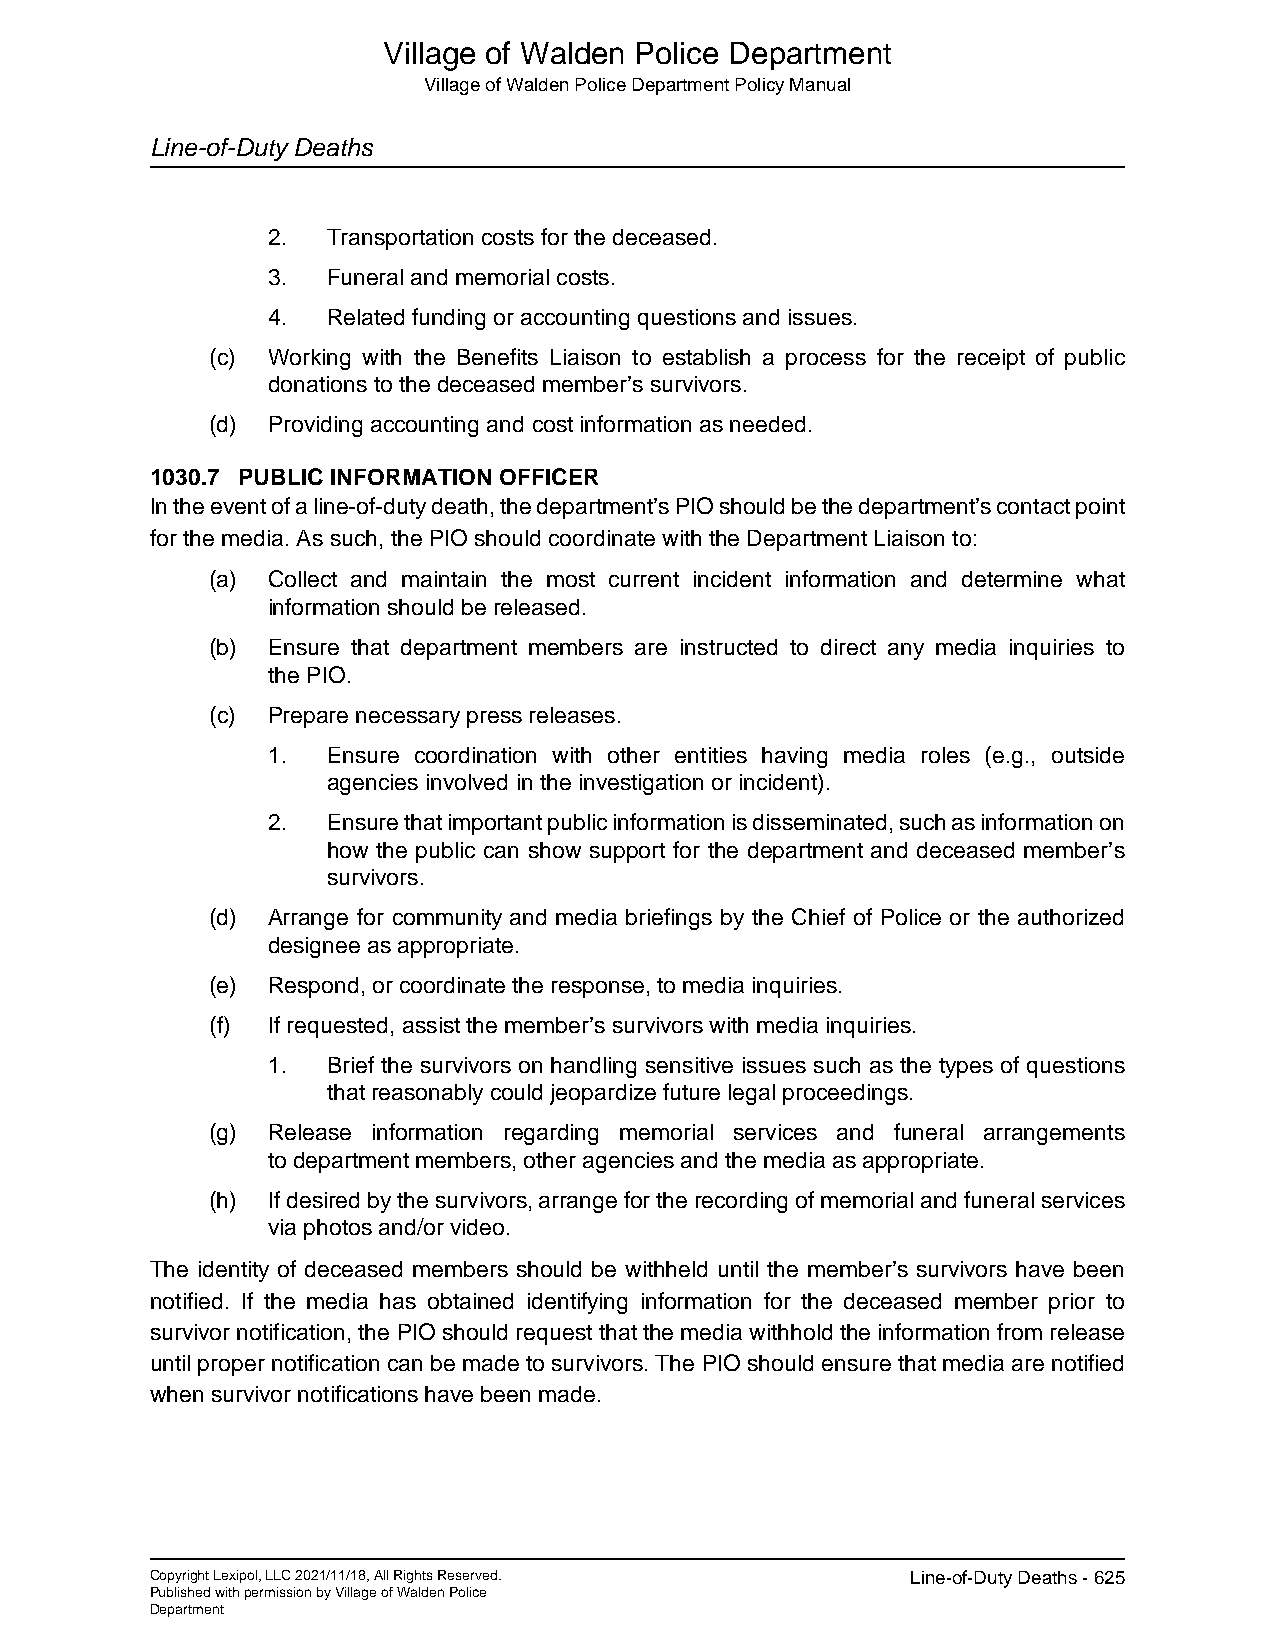
Village of Walden Police Department
 Village of Walden Police Department Policy Manual
 Line-of-Duty Deaths
 2.  Transportation costs for the deceased.
 3.  Funeral and memorial costs.
 4.  Related funding or accounting questions and issues.
 (c) Working with the Benefits Liaison to establish a process for the receipt of public
 donations to the deceased member’s survivors.
 (d) Providing accounting and cost information as needed.
 1030.7 PUBLIC INFORMATION OFFICER
 In the event of a line-of-duty death, the department’s PIO should be the department’s contact point
 for the media. As such, the PIO should coordinate with the Department Liaison to:
 (a) Collect and maintain the most current incident information and determine what
 information should be released.
 (b) Ensure that department members are instructed to direct any media inquiries to
 the PIO.
 (c) Prepare necessary press releases.
 1.  Ensure coordination with other entities having media roles (e.g., outside
 agencies involved in the investigation or incident).
 2.  Ensure that important public information is disseminated, such as information on
 how the public can show support for the department and deceased member’s
 survivors.
 (d) Arrange for community and media briefings by the Chief of Police or the authorized
 designee as appropriate.
 (e) Respond, or coordinate the response, to media inquiries.
 (f) If requested, assist the member’s survivors with media inquiries.
 1.  Brief the survivors on handling sensitive issues such as the types of questions
 that reasonably could jeopardize future legal proceedings.
 (g) Release information regarding memorial services and funeral arrangements
 to department members, other agencies and the media as appropriate.
 (h) If desired by the survivors, arrange for the recording of memorial and funeral services
 via photos and/or video.
 The identity of deceased members should be withheld until the member’s survivors have been
 notified. If the media has obtained identifying information for the deceased member prior to
 survivor notification, the PIO should request that the media withhold the information from release
 until proper notification can be made to survivors. The PIO should ensure that media are notified
 when survivor notifications have been made.
 Copyright Lexipol, LLC 2021/11/18, All Rights Reserved. Line-of-Duty Deaths - 625
 Published with permission by Village of Walden Police
 Department